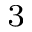
^ 3